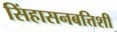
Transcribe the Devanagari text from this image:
सिंहासनबत्तिशी